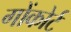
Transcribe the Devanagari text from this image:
गोंकोर्ट